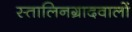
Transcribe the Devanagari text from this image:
स्तालिनग्रादवालों